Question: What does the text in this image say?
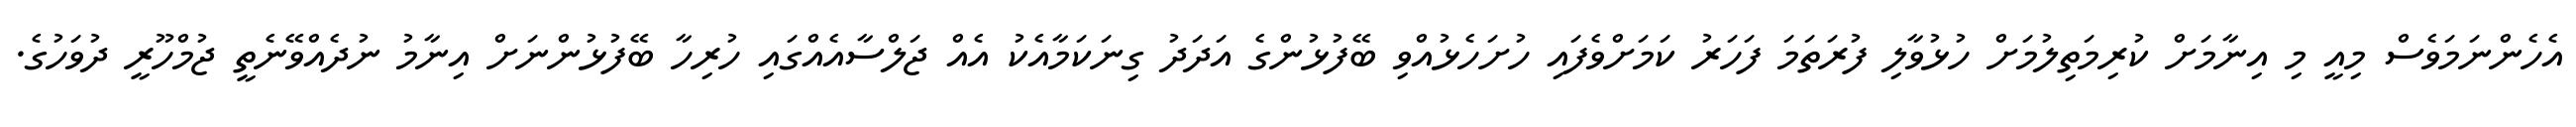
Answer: އެހެންނަމަވެސް މިއީ މި އިނާމަށް ކުރިމަތިލުމަށް ހުޅުވާލި ފުރަތަމަ ފަހަރު ކަމަށްވެފައި ހުށަހެޅުއްވި ބޭފުޅުންގެ އަދަދު ގިނަކަމާއެކު އެއް ޖަލްސާއެއްގައި ހުރިހާ ބޭފުޅުންނަށް އިނާމު ނުދެއްވޭނެތީ ޖުމްހޫރީ ދުވަހުގެ.